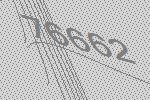
76662